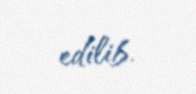
edilib.